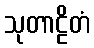
သုတာဠိတံ